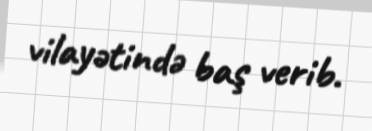
vilayətində baş verib.